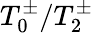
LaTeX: T_{0}^{\pm}/T_{2}^{\pm}